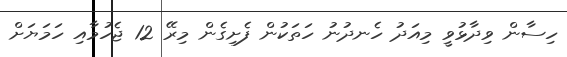
ހިސާން ވިދާޅުވީ މިއަދު ހެނދުނު ހަތަކުން ފެށިގެން މިރޭ 12 ޖެހުމާއި ހަމަޔަށް